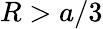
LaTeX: R>a/3